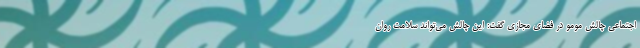
اجتماعی چالش مومو در فضای مجازی گفت: این چالش می‌تواند سلامت روان